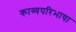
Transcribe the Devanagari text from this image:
काव्यपरिभाषा